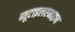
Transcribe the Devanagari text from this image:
ब्यूटाइलएमाइन